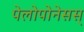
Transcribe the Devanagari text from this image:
पेलोपोनेसस्